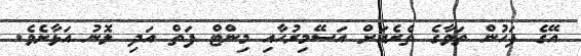
އޭގެ ފަހުން ތަވާގެ ތެރެއަށް އަސޭމިރުހާއި މިންޓް ފަތް އަދި ލޮނު އަޅާށެވެ.